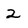
Character: 2